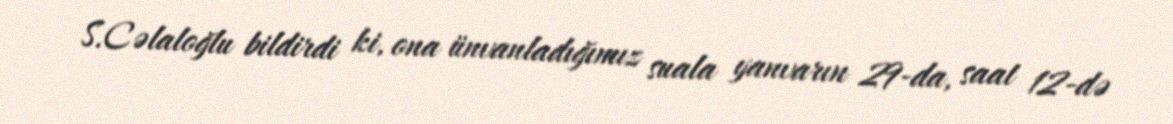
S.Cəlaloğlu bildirdi ki, ona ünvanladığımız suala yanvarın 29-da, saat 12-də